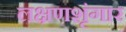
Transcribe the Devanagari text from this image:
लक्षणशृंगार